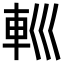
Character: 𨊩